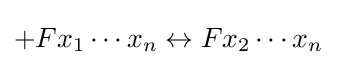
+Fx_{1}\cdots x_{n}\leftrightarrow Fx_{2}\cdots x_{n}